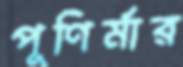
পূণির্মার